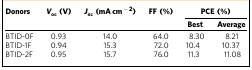
<table><thead><tr><td><b>Donors</b></td><td><b><i>V</i><sub>oc</sub> (V)</b></td><td><b><i>J</i><sub>sc</sub> (mA cm<sup>−2</sup>)</b></td><td><b>FF (%)</b></td><td colspan="2"><b>PCE (%)</b></td></tr><tr><td><b> </b></td><td><b> </b></td><td><b> </b></td><td><b> </b></td><td><b>Best</b></td><td><b>Average</b></td></tr></thead><tbody><tr><td>BTID-0F</td><td>0.93</td><td>14.0</td><td>64.0</td><td>8.30</td><td>8.21</td></tr><tr><td>BTID-1F</td><td>0.94</td><td>15.3</td><td>72.0</td><td>10.4</td><td>10.37</td></tr><tr><td>BTID-2F</td><td>0.95</td><td>15.7</td><td>76.0</td><td>11.3</td><td>11.08</td></tr></tbody></table>